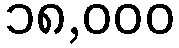
၁၈,၀၀၀